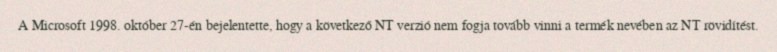
A Microsoft 1998. október 27-én bejelentette, hogy a következő NT verzió nem fogja tovább vinni a termék nevében az NT rövidítést.